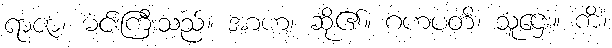
ရာဇာ၊ မင်းကြီးသည်။ အာဟ၊ ဆို၏။ ဂဟပတိ၊ သူဌေး။ ကိံ၊